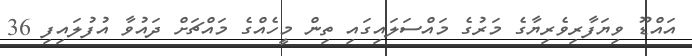
އައްޑޫ ވިޔަފާރިވެރިޔާގެ މަރުގެ މައްސަލައިގައި ތިން މީހެއްގެ މައްޗަށް ދައުވާ އުފުލައިފި 36